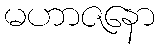
မဟာဇနော